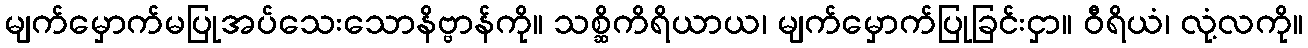
မျက်မှောက်မပြုအပ်သေးသောနိဗ္ဗာန်ကို။ သစ္ဆိကိရိယာယ၊ မျက်မှောက်ပြုခြင်းငှာ။ ဝီရိယံ၊ လုံ့လကို။